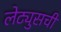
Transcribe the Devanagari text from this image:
लेट्युसची